Leaving Certificate Examination (including Day School Certificate (Higher) General paper), 1931
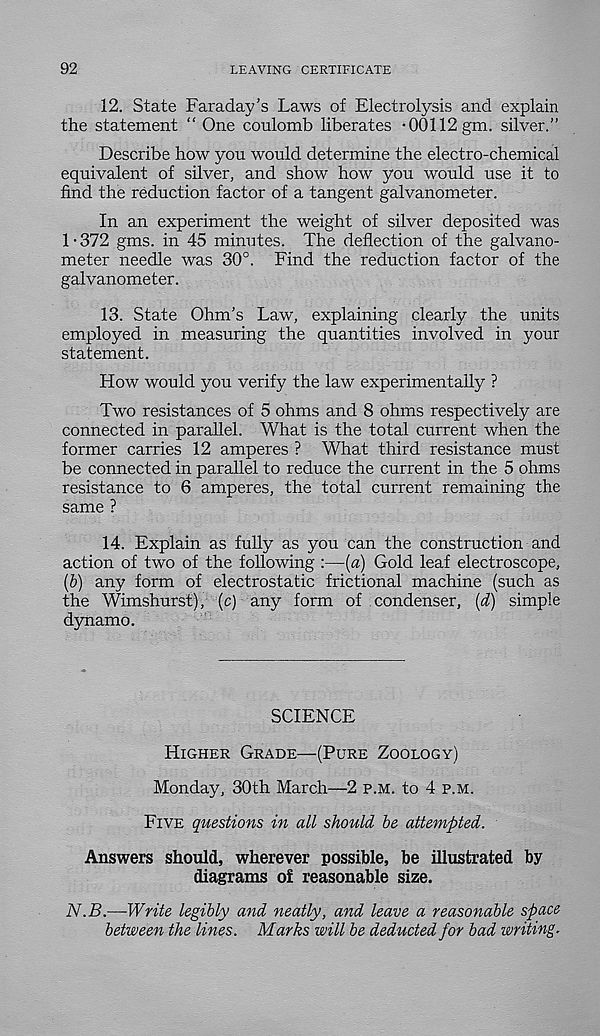
92
LEAVING CERTIFICATE
12. State Faraday’s Laws of Electrolysis and explain
the statement “ One coulomb liberates -00112 gm. silver."
Describe how you would determine the electro-chemical
equivalent of silver, and show how you would use it to
find the reduction factor of a tangent galvanometer.
In an experiment the weight of silver deposited was
1-372 gms. in 45 minutes. The deflection of the galvano-
meter needle was 30°. Find the reduction factor of the
galvanometer.
13. State Ohm’s Law, explaining clearly the units
employed in measuring the quantities involved in your
statement.
How would you verify the law experimentally ?
Two resistances of 5 ohms and 8 ohms respectively are
connected in parallel. What is the total current when the
former carries 12 amperes ? What third resistance must
be connected in parallel to reduce the current in the 5 ohms
resistance to 6 amperes, the total current remaining the
same ?
14. Explain as fully as you can the construction and
action of two of the following :—(a) Gold leaf electroscope,
(b) any form of electrostatic frictional machine (such as
the Wimshurst), (c) any form of condenser, (d) simple
dynamo.
SCIENCE
Higher Grade—(Pure Zoology)
Monday, 30th March—2 p.m. to 4 p.m.
Five questions in all should be attempted.
Answers should, wherever possible, be illustrated by
diagrams of reasonable size.
N.B.—Write legibly and neatly, and leave a reasonable space
between the lines. Marks will be deducted for bad writing.